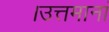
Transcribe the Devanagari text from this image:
।उत्तमानां